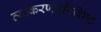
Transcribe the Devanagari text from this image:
व्याकरणपरिशिष्ट